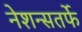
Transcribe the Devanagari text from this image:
नेशन्सतर्फे